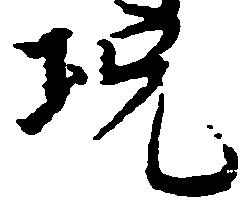
況